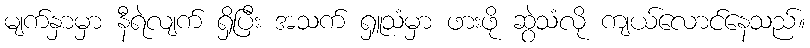
မျက်နှာမှာ နီရဲလျက် ရှိပြီး အသက် ရှူသံမှာ ဖားဖို ဆွဲသံလို ကျယ်လောင်နေသည်။